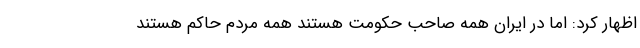
اظهار کرد: اما در ایران همه صاحب حکومت هستند همه مردم حاکم هستند